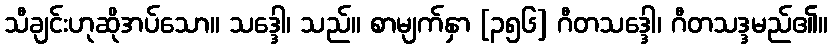
သီချင်းဟုဆိုအပ်သော။ သဒ္ဒေါ၊ သည်။ စာမျက်နှာ [၃၅၆] ဂီတသဒ္ဒေါ၊ ဂီတသဒ္ဒမည်၏။